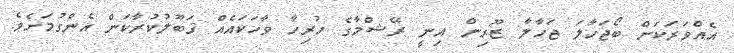
އެއްވަރަކަށް ބޯޖަހާލަ ޖަހާލާ ޒޫރިން އިނީ ރޭޝްމާގެ ހުރިހާ ވާހަކައެއް ޤަބޫލުކުރާކަން އެންގުމަށެވެ.